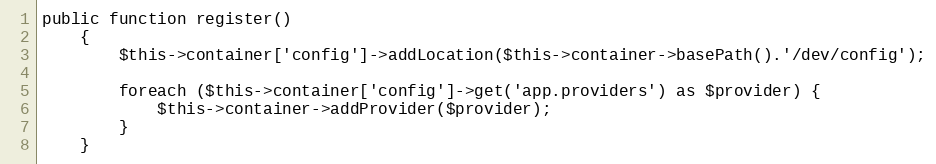
Language: PHP
public function register()
    {
        $this->container['config']->addLocation($this->container->basePath().'/dev/config');

        foreach ($this->container['config']->get('app.providers') as $provider) {
            $this->container->addProvider($provider);
        }
    }